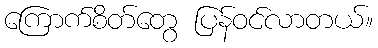
ကြောက်စိတ်တွေ ပြန်ဝင်လာတယ်။